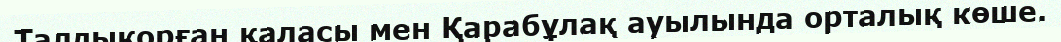
Талдықорған қаласы мен Қарабұлақ ауылында орталық көше.